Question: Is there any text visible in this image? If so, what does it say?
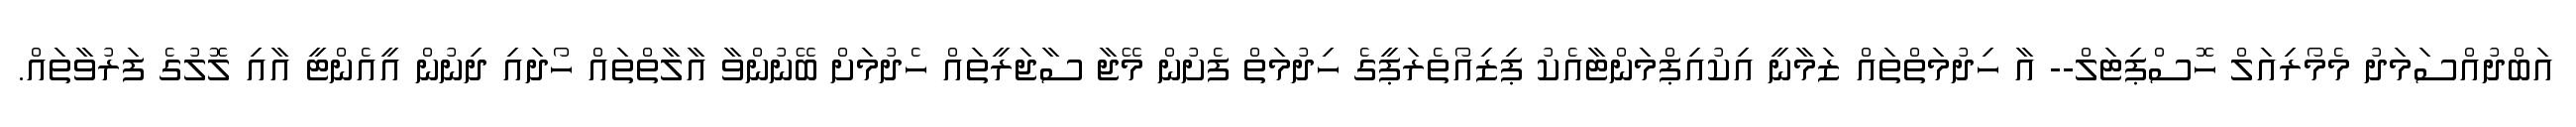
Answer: އަބްދުއްސަމަދު މެމޯރިއަލް ހޮސްޕިޓަލް-- އާ ހިދުމަތްތައް ޒަމާނީ އިކުއިޕްމަންޓާއެކު ޕިޒިއޯތެރަޕީގެ ހިދުމަތް ފެށުން މޭޖާ ސާޖަރީތައް ހެދުމަށް ބޭނުންވާ އާލާތްތައް ހޯދައި ދިނުން އީއެންޓީ އާއި ލޮލުގެ ފަރުވާތައް.